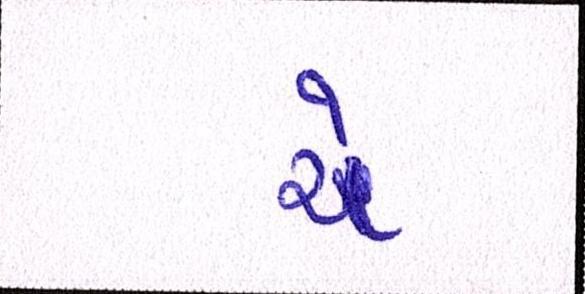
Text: ચે